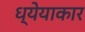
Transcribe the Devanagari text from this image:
ध्येयाकार